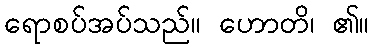
ရောစပ်အပ်သည်။ ဟောတိ၊ ၏။